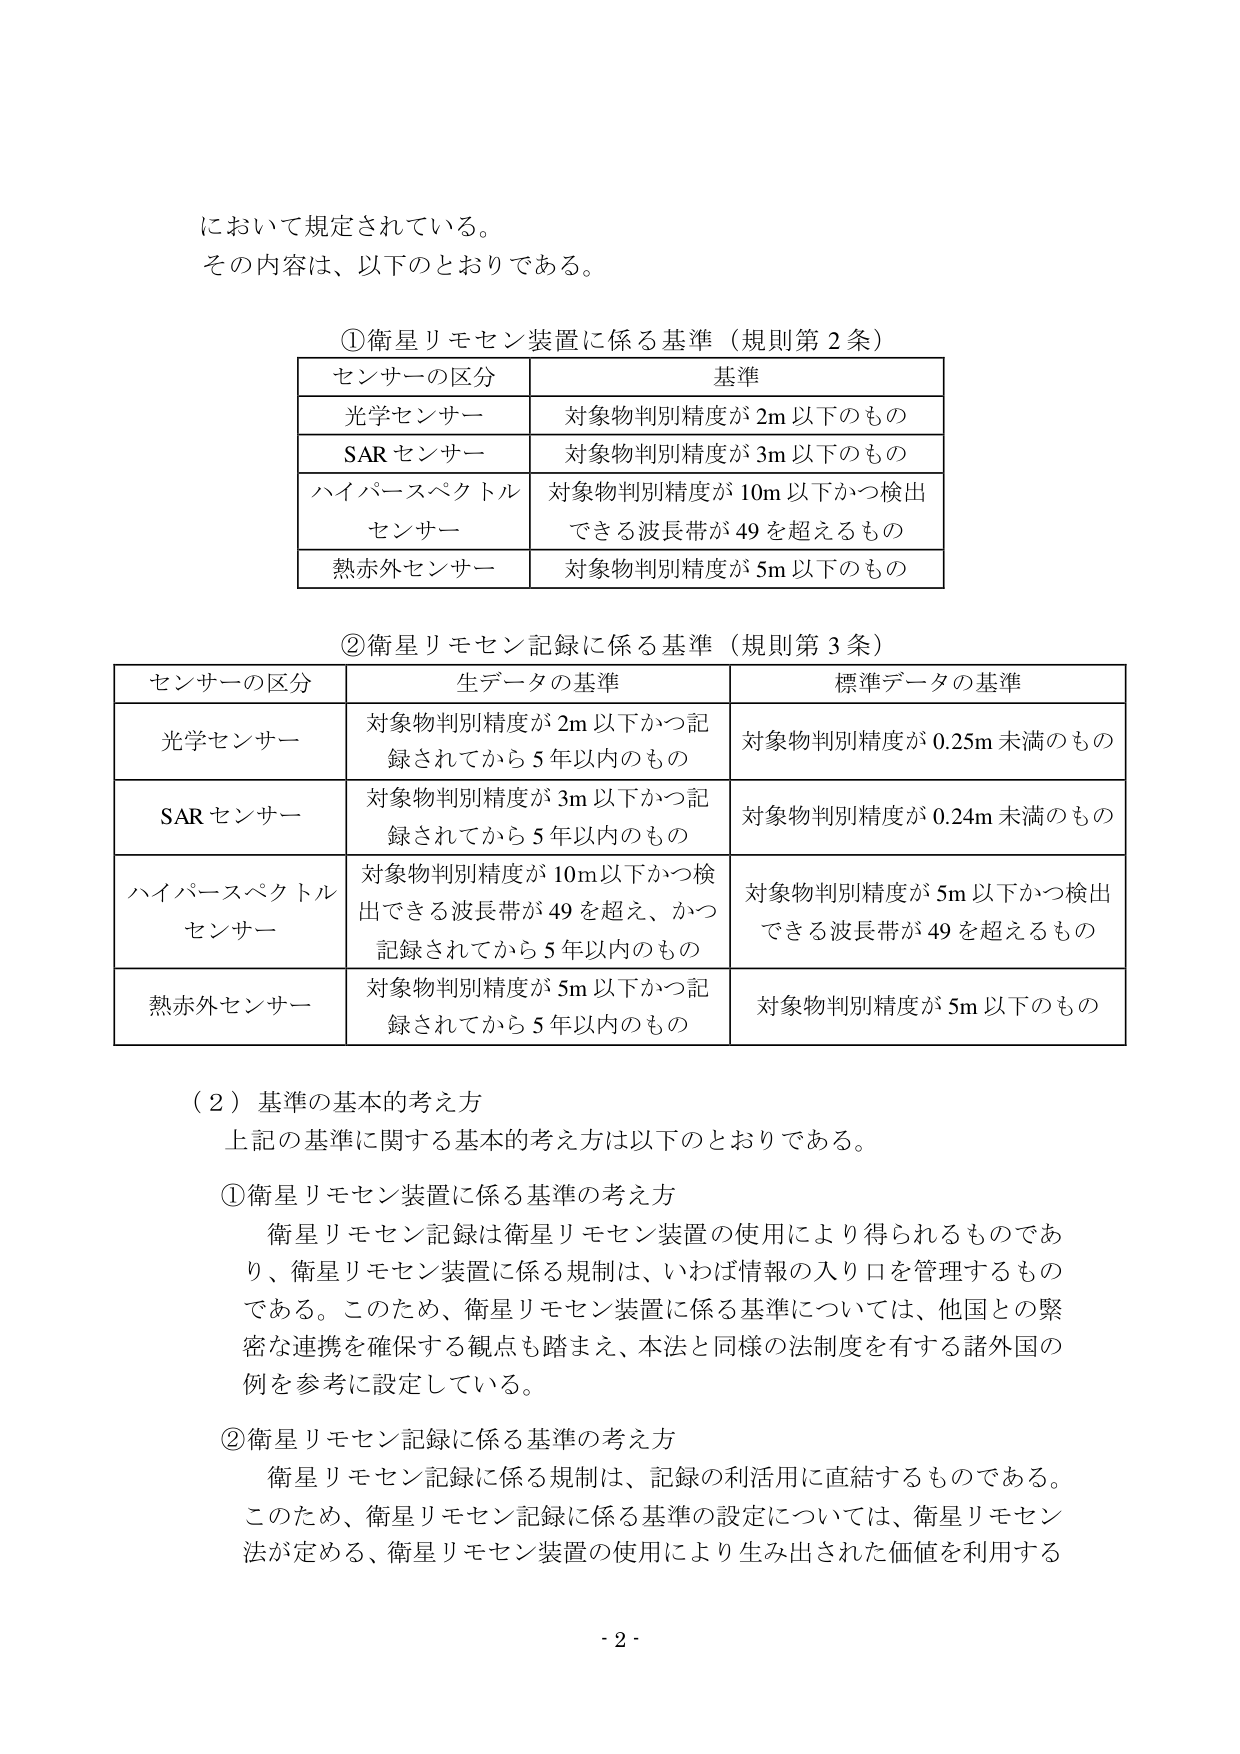
において規定されている。
その内容は、以下のとおりである。

①衛星リモセン装置に係る基準（規則第2条）
| センサーの区分 | 基準 |
|----------------|------|
| 光学センサー | 対象物判別精度が2m以下のもの |
| SARセンサー | 対象物判別精度が3m以下のもの |
| ハイパースペクトルセンサー | 対象物判別精度が10m以下かつ検出できる波長帯が49を超えるもの |
| 熱赤外センサー | 対象物判別精度が5m以下のもの |

②衛星リモセン記録に係る基準（規則第3条）
| センサーの区分 | 生データの基準 | 標準データの基準 |
|----------------|----------------|----------------|
| 光学センサー | 対象物判別精度が2m以下かつ記録されてから5年以内のもの | 対象物判別精度が0.25m未満のもの |
| SARセンサー | 対象物判別精度が3m以下かつ記録されてから5年以内のもの | 対象物判別精度が0.24m未満のもの |
| ハイパースペクトルセンサー | 対象物判別精度が10m以下かつ検出できる波長帯が49を超え、かつ記録されてから5年以内のもの | 対象物判別精度が5m以下かつ検出できる波長帯が49を超えるもの |
| 熱赤外センサー | 対象物判別精度が5m以下かつ記録されてから5年以内のもの | 対象物判別精度が5m以下のもの |

（2）基準の基本的考え方
上記の基準に関する基本的考え方は以下のとおりである。

①衛星リモセン装置に係る基準の考え方
衛星リモセン記録は衛星リモセン装置の使用により得られるものであり、衛星リモセン装置に係る規制は、いわば情報の入り口を管理するものである。このため、衛星リモセン装置に係る基準については、他国との緊密な連携を確保する観点も踏まえ、本法と同様の法制度を有する諸外国の例を参考に設定している。

②衛星リモセン記録に係る基準の考え方
衛星リモセン記録に係る規制は、記録の利活用に直結するものである。このため、衛星リモセン記録に係る基準の設定については、衛星リモセン法が定める、衛星リモセン装置の使用により生み出された価値を利用する

- 2 -